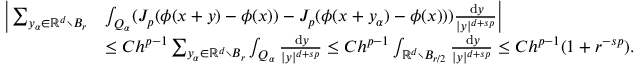
\begin{array} { r l } { \bigg | \sum _ { y _ { \alpha } \in \ensuremath { \mathbb { R } } ^ { d } \setminus B _ { r } } } & { \int _ { Q _ { \alpha } } ( J _ { p } ( \phi ( x + y ) - \phi ( x ) ) - J _ { p } ( \phi ( x + y _ { \alpha } ) - \phi ( x ) ) ) \frac { \, \mathrm { d } y } { | y | ^ { d + s p } } \bigg | } \\ & { \leq C h ^ { p - 1 } \sum _ { y _ { \alpha } \in \ensuremath { \mathbb { R } } ^ { d } \setminus B _ { r } } \int _ { Q _ { \alpha } } \frac { \, \mathrm { d } y } { | y | ^ { d + s p } } \leq C h ^ { p - 1 } \int _ { \ensuremath { \mathbb { R } } ^ { d } \setminus B _ { r / 2 } } \frac { \, \mathrm { d } y } { | y | ^ { d + s p } } \leq C h ^ { p - 1 } ( 1 + r ^ { - s p } ) . } \end{array}